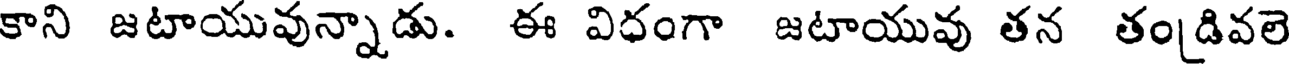
కాని జటాయువున్నాడు. ఈ విధంగా జటాయువు తన తండివలె